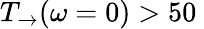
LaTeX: T_{\rightarrow}(\omega=0)>50\